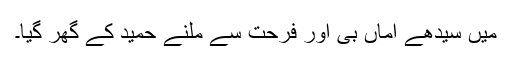
میں سیدھے اماں بی اور فرحت سے ملنے حمید کے گھر گیا۔